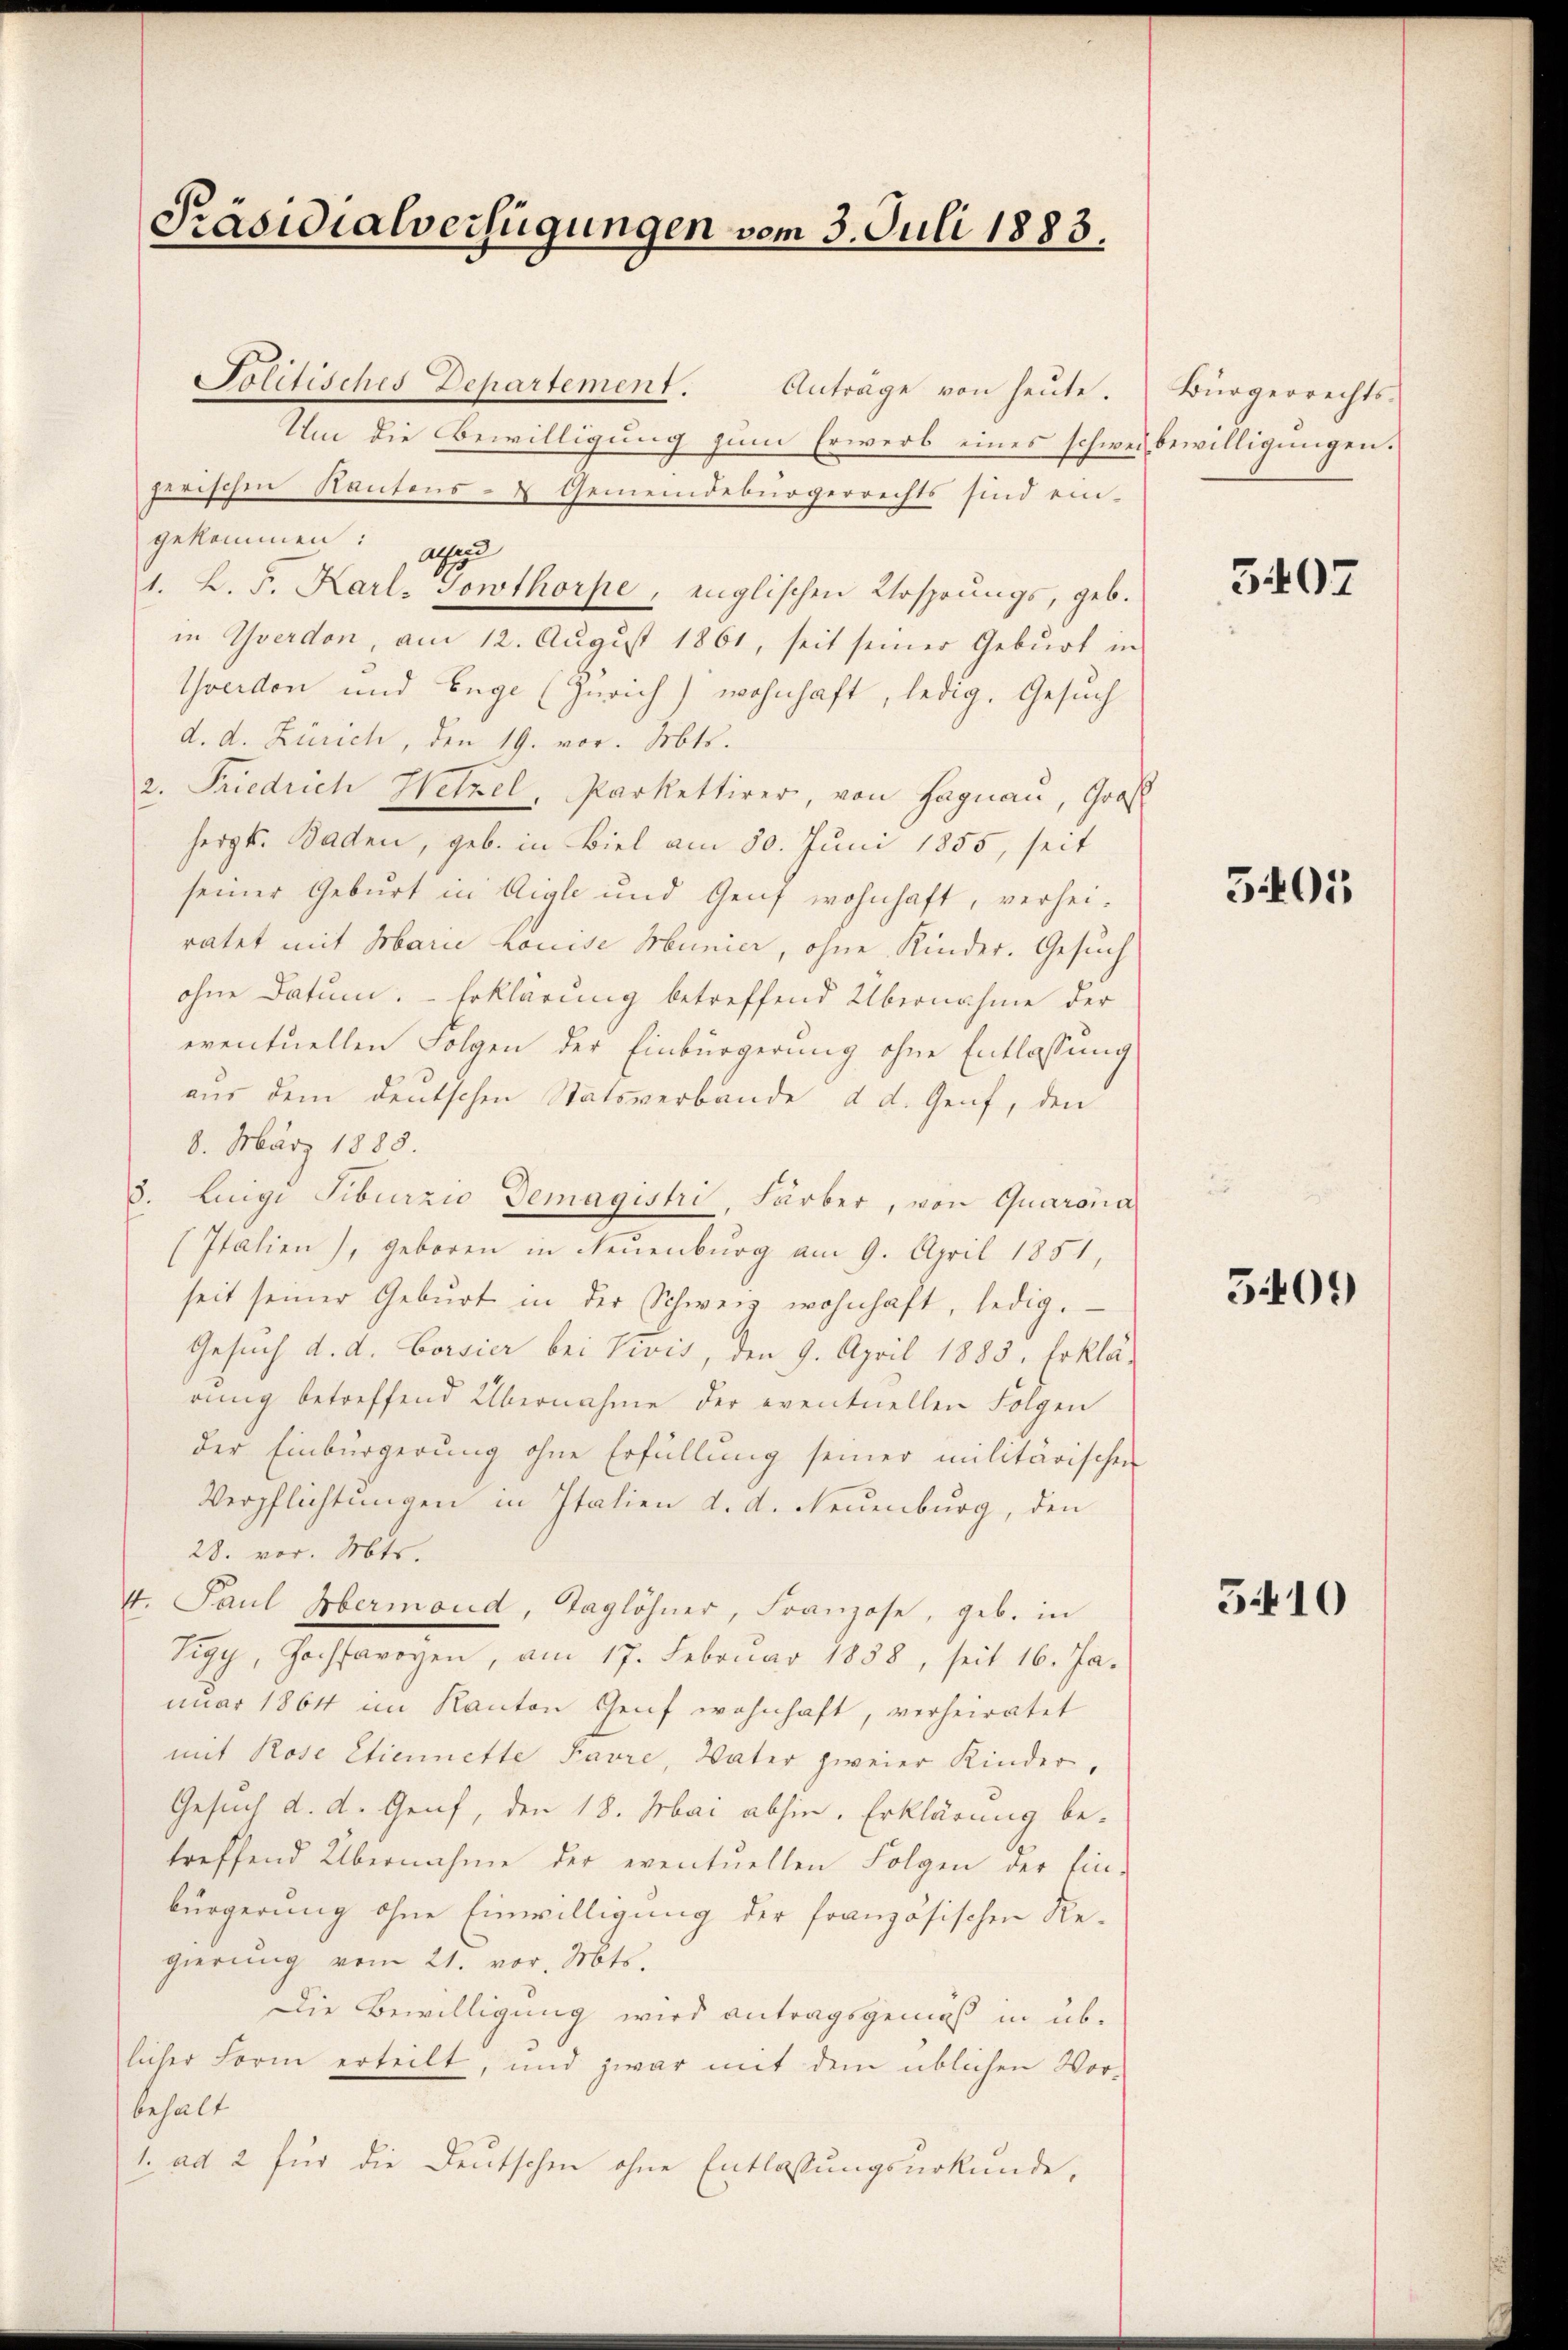
Präsidialverfügungen vom 3. Juli 1883.

Politisches Departement.
Anträge von heute.
Um die Bewilligung zum Erwerb eines schwerbewilligungen.
horischen Kantons- & Gemeindebürgerrechts sind ein-
gekommen: als
1. B. F. Karl. Sowthorpe, englischen Ursprungs, geb.
in Yverdon, am 12. August 1861, seit seiner Geburt in
Yverdon und Enge (Zürich) wohnhaft, ledig. Gesuch
d. d. Zürich, den 19. vor. Mts.
2. Friedrich Hetzel, Parkettirer, von Hagnau, Groß
herzt. Baden, geb. in Biel am 30. Juni 1855, seit
seiner Geburt in Aigle und Genf wohnhaft, verhei-
ratet mit Marie Louise Munier, ohne Kinder. Gesuch
ohne Datum. Erklärung betreffend Übernahme der
eventuellen Folgen der Einbürgerung ohne Entlassung
aus dem deutschen Statsverbande d. d. Genf, den
8. März 1883.
8. Luigi Siburzio Demagistri, Färber, von Quarona
(Italien), geboren in Neuenburg am 9. April 1851,
seit seiner Geburt in der Schweiz wohnhaft, ledig.
Gesuch d. d. Corsier bei Vivis, den 9. April 1883. Erklä-
rung betreffend Übernahme der eventuellen Folgen
der Einbürgerung ohne Erfüllung seiner militärischen
Verpflichtungen in Italien d. d. Neuenburg, den
28. vor. Mts.
4. Paul Obermond, Taglöhner, Franzose, geb. in
Vigy, Hochsavoyen, am 17. Februar 1858, seit 16. Ja.
nuar 1864 im Kanton Genf wohnhaft, verheiratet
mit Rose Etiennette Favre, Vater zweier Kinder,
Gesuch d. d. Genf, den 18. Mai abhin. Erklärung betreffend Übernahme der eventuellen Folgen der Ein-
bürgerung ohne Einwilligung der französischen Re-
gierung vom 21. vor. Mts.
Die Bewilligung wird antragsgemäß in üblicher Form erteilt, und zwar mit dem üblichen Vor-
behalt
1. ad 2 für die Deutschen ohne Entlassungsurkunde,

Bürgerrechts-

5407

3401

5409

5.10